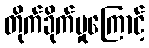
တိုက်ခိုက်မှုကြောင့်